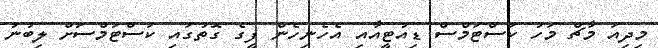
މިދިއަ މާޗް މަހު ކަސްޓަމްސް ޑިއުޓީއާއި އެހެނިހެން ފީގެ ގޮތުގައި ކަސްޓަމްސަށް ލިބުނު